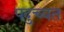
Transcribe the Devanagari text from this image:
पदुच्यत